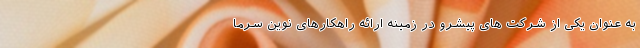
به عنوان یکی از شرکت های پیشرو در زمینه ارائه راهکارهای نوین سرما